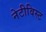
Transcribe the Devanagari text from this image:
नेटीविस्ट